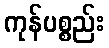
ကုန်ပစ္စည်း